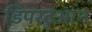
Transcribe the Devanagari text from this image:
डिपरटुआन